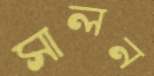
সালন